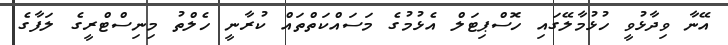
އޭނާ ވިދާޅުވީ ހުޅުމާލޭގައި ހޮސްޕިޓަލް އެޅުމުގެ މަސައްކަތްތައް ކުރާނީ ހެލްތު މިނިސްޓްރީގެ ލަފާގެ